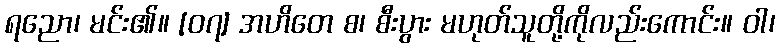
ရညော၊ မင်း၏။ [၀၇] အဟိတေ စ၊ စီးပွား မဟုတ်သူတို့ကိုလည်းကောင်း။ ဝါ၊